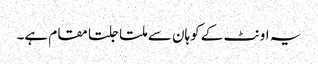
یہ اونٹ کے کوہان سے ملتا جلتا مقام ہے۔